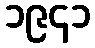
၁၉၄၁